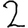
Digit: 2